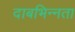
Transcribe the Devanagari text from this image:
दाबभिन्नता